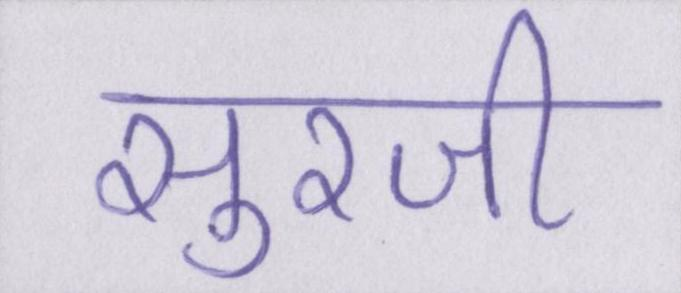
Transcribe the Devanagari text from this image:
सुरजी